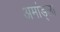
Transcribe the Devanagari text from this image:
अमांड्ला